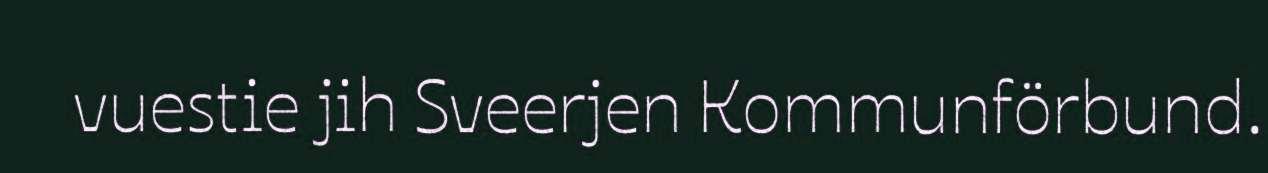
vuestie jih Sveerjen Kommunförbund.